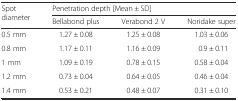
<table><thead><tr><td rowspan="2"><b>Spot diameter</b></td><td colspan="3"><b>Penetration depth [Mean ± SD]</b></td></tr><tr><td><b>Bellabond plus</b></td><td><b>Verabond 2 V</b></td><td><b>Noridake super</b></td></tr></thead><tbody><tr><td>0.5 mm</td><td>1.27 ± 0.08</td><td>1.25 ± 0.08</td><td>1.03 ± 0.06</td></tr><tr><td>0.8 mm</td><td>1.17 ± 0.11</td><td>1.16 ± 0.09</td><td>0.9 ± 0.11</td></tr><tr><td>1 mm</td><td>1.09 ± 0.19</td><td>0.78 ± 0.15</td><td>0.58 ± 0.04</td></tr><tr><td>1.2 mm</td><td>0.73 ± 0.04</td><td>0.64 ± 0.05</td><td>0.46 ± 0.04</td></tr><tr><td>1.4 mm</td><td>0.53 ± 0.21</td><td>0.48 ± 0.07</td><td>0.31 ± 0.10</td></tr></tbody></table>